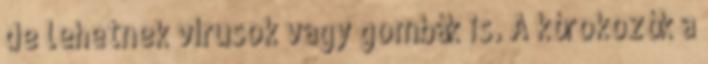
de lehetnek vírusok vagy gombák is. A kórokozók a